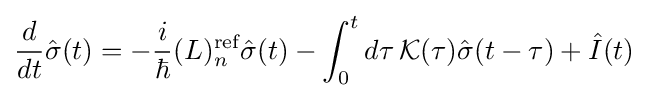
{\frac {d}{dt}}{\hat {\sigma }}(t)=-{\frac {i}{\hbar }}(L)_{n}^{\text{ref}}{\hat {\sigma }}(t)-\int _{0}^{t}d\tau \,{\mathcal {K}}(\tau ){\hat {\sigma }}(t-\tau )+{\hat {I}}(t)